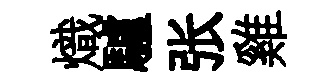
熾驢张雞